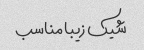
شیک زیبا مناسب